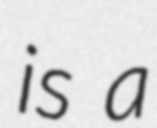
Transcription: is a